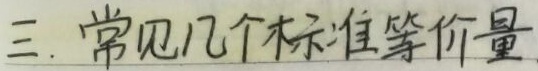
三. 常见几个标准等价量